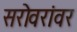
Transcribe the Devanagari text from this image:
सरोवरांवर